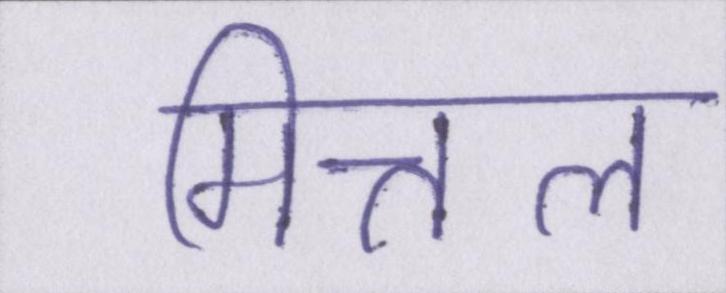
मित्तल